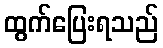
ထွက်ပြေးရသည်